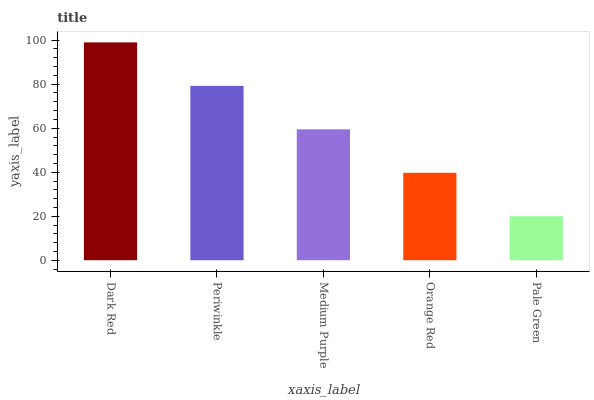
| xaxis_label | bars |
 | --- | --- |
 | Dark Red | 99 |
 | Periwinkle | 79.2 |
 | Medium Purple | 59.5 |
 | Orange Red | 39.7 |
 | Pale Green | 20 |